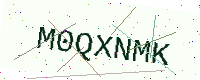
Text: M0QXNMK